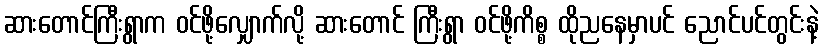
ဆားတောင်ကြီးရွာက ဝင်ဖို့လျှောက်လို့ ဆားတောင် ကြီးရွာ ဝင်ဖို့ကိစ္စ ထိုညနေမှာပင် ညောင်ပင်တွင်းနဲ့